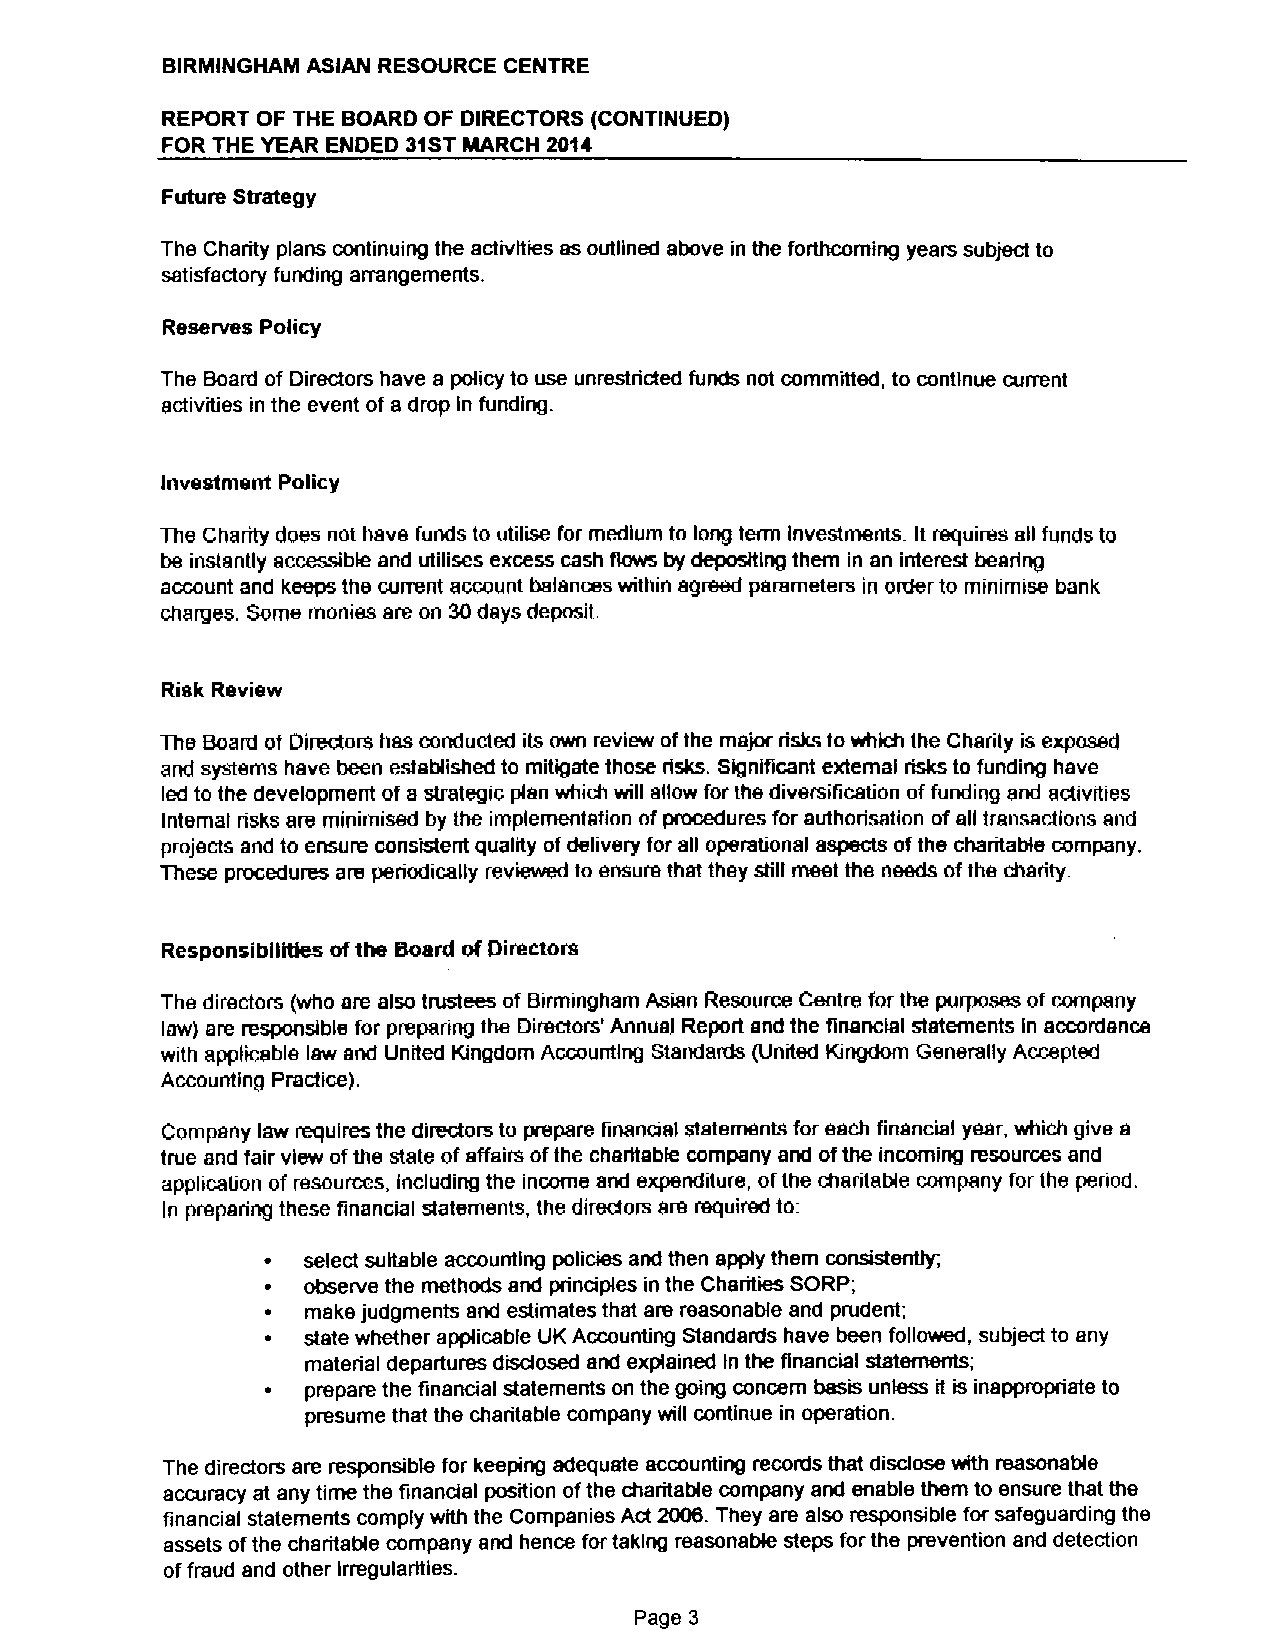
BIRMINGHAM ASIAN RESOURCE CENTRE
 REPORT OF THE BOARD OF DIRECTORS (CONTINUED)
 FOR THE YEAR ENDED 31STMARCH 20te
 Future Strategy
 The Charity plans continuing the activities as oullined above in the forthcoming years sub)ect to
 satisfactory funding arrangements.
 Reserves Policy
 The Board of Directors have s policy to use unrestricted funds not committed, to continue current
 activities in the event of a drop In funding.
 Investment Policy
 The Charity does not have funds to utilise for medium to long term Investments. It requires all funds to
 be instantly accessible and utilises excess cash flows by depositing them in an interest bearing
 account and keeps the current account balances wilhin agreed parameters in order to minimise bank
 charges. Some monies are on 30days deposit.
 Risk Review
 The Board of Directors has conducted its own review ofthe major risks to which the Charity is exposed
 and systems have been established to mitigate those risks. Significant external risks to funding have
 led to the development ofs strategir. plan which will allow for the diversification offunding snd activities
 Internal risks are minimised by the implementation ofprocedures for authorisation ofall transactions and
 projects and to ensure consistent quality ofdelivery for all operabonal aspects ofthe charitable company,
 These procedures are periodically reviewed to ensure that they shll meet the needs ofthe charity.
 ResponsiblliBes ofthe Board ofDirectors
 The directors (who are also trustees of Birmingham Asian Resource Centre for the purposes of company
 law) are responsible for preparing the Directors' Annual Report and the gnencktl statements in accordance
 with applicable law and United Kingdom Accounting Standards (United Kingdom Generally Accepted
 Accounting Practice).
 Company law requires the directors to prepare financial statements for each financial year, which give a
 true and fair view ofthe state ofaffairs ofthe charitable company and ofthe incoming resources and
 application of resources, including the income snd expenditure, ofthe charitaIXe company for Ihe pened,
 In preparing these financial statements, the directors ars required to:
 ~  select suitable accounting policies and then apply them consistentl)r,
 ~ observe the methods and principles in the Charities SORP;
 ~ make judgments and estimates that are reasonable and prudent;
 ~ state whether applicable UK Accounting Standards have been followed, subject to any
 material departures disdosed and explained In the financial statements;
 ~ prepare the financial statements on the going concern basis unless it is inappropriate to
 presume that the charitable company will continue in operation.
 The directors are responsible for keeping adequate accounting records that disclose with reasonable
 accuracy at any time the financial position ofthe charitable company and enable them to ensure that the
 financial statements comply with the Companies Act 2006.They are also responsible for safeguarding the
 assets ofthe charitable company and hence for taking reasonable steps forthe prevention and detection
 offraud and other irregularities.
 Page 3